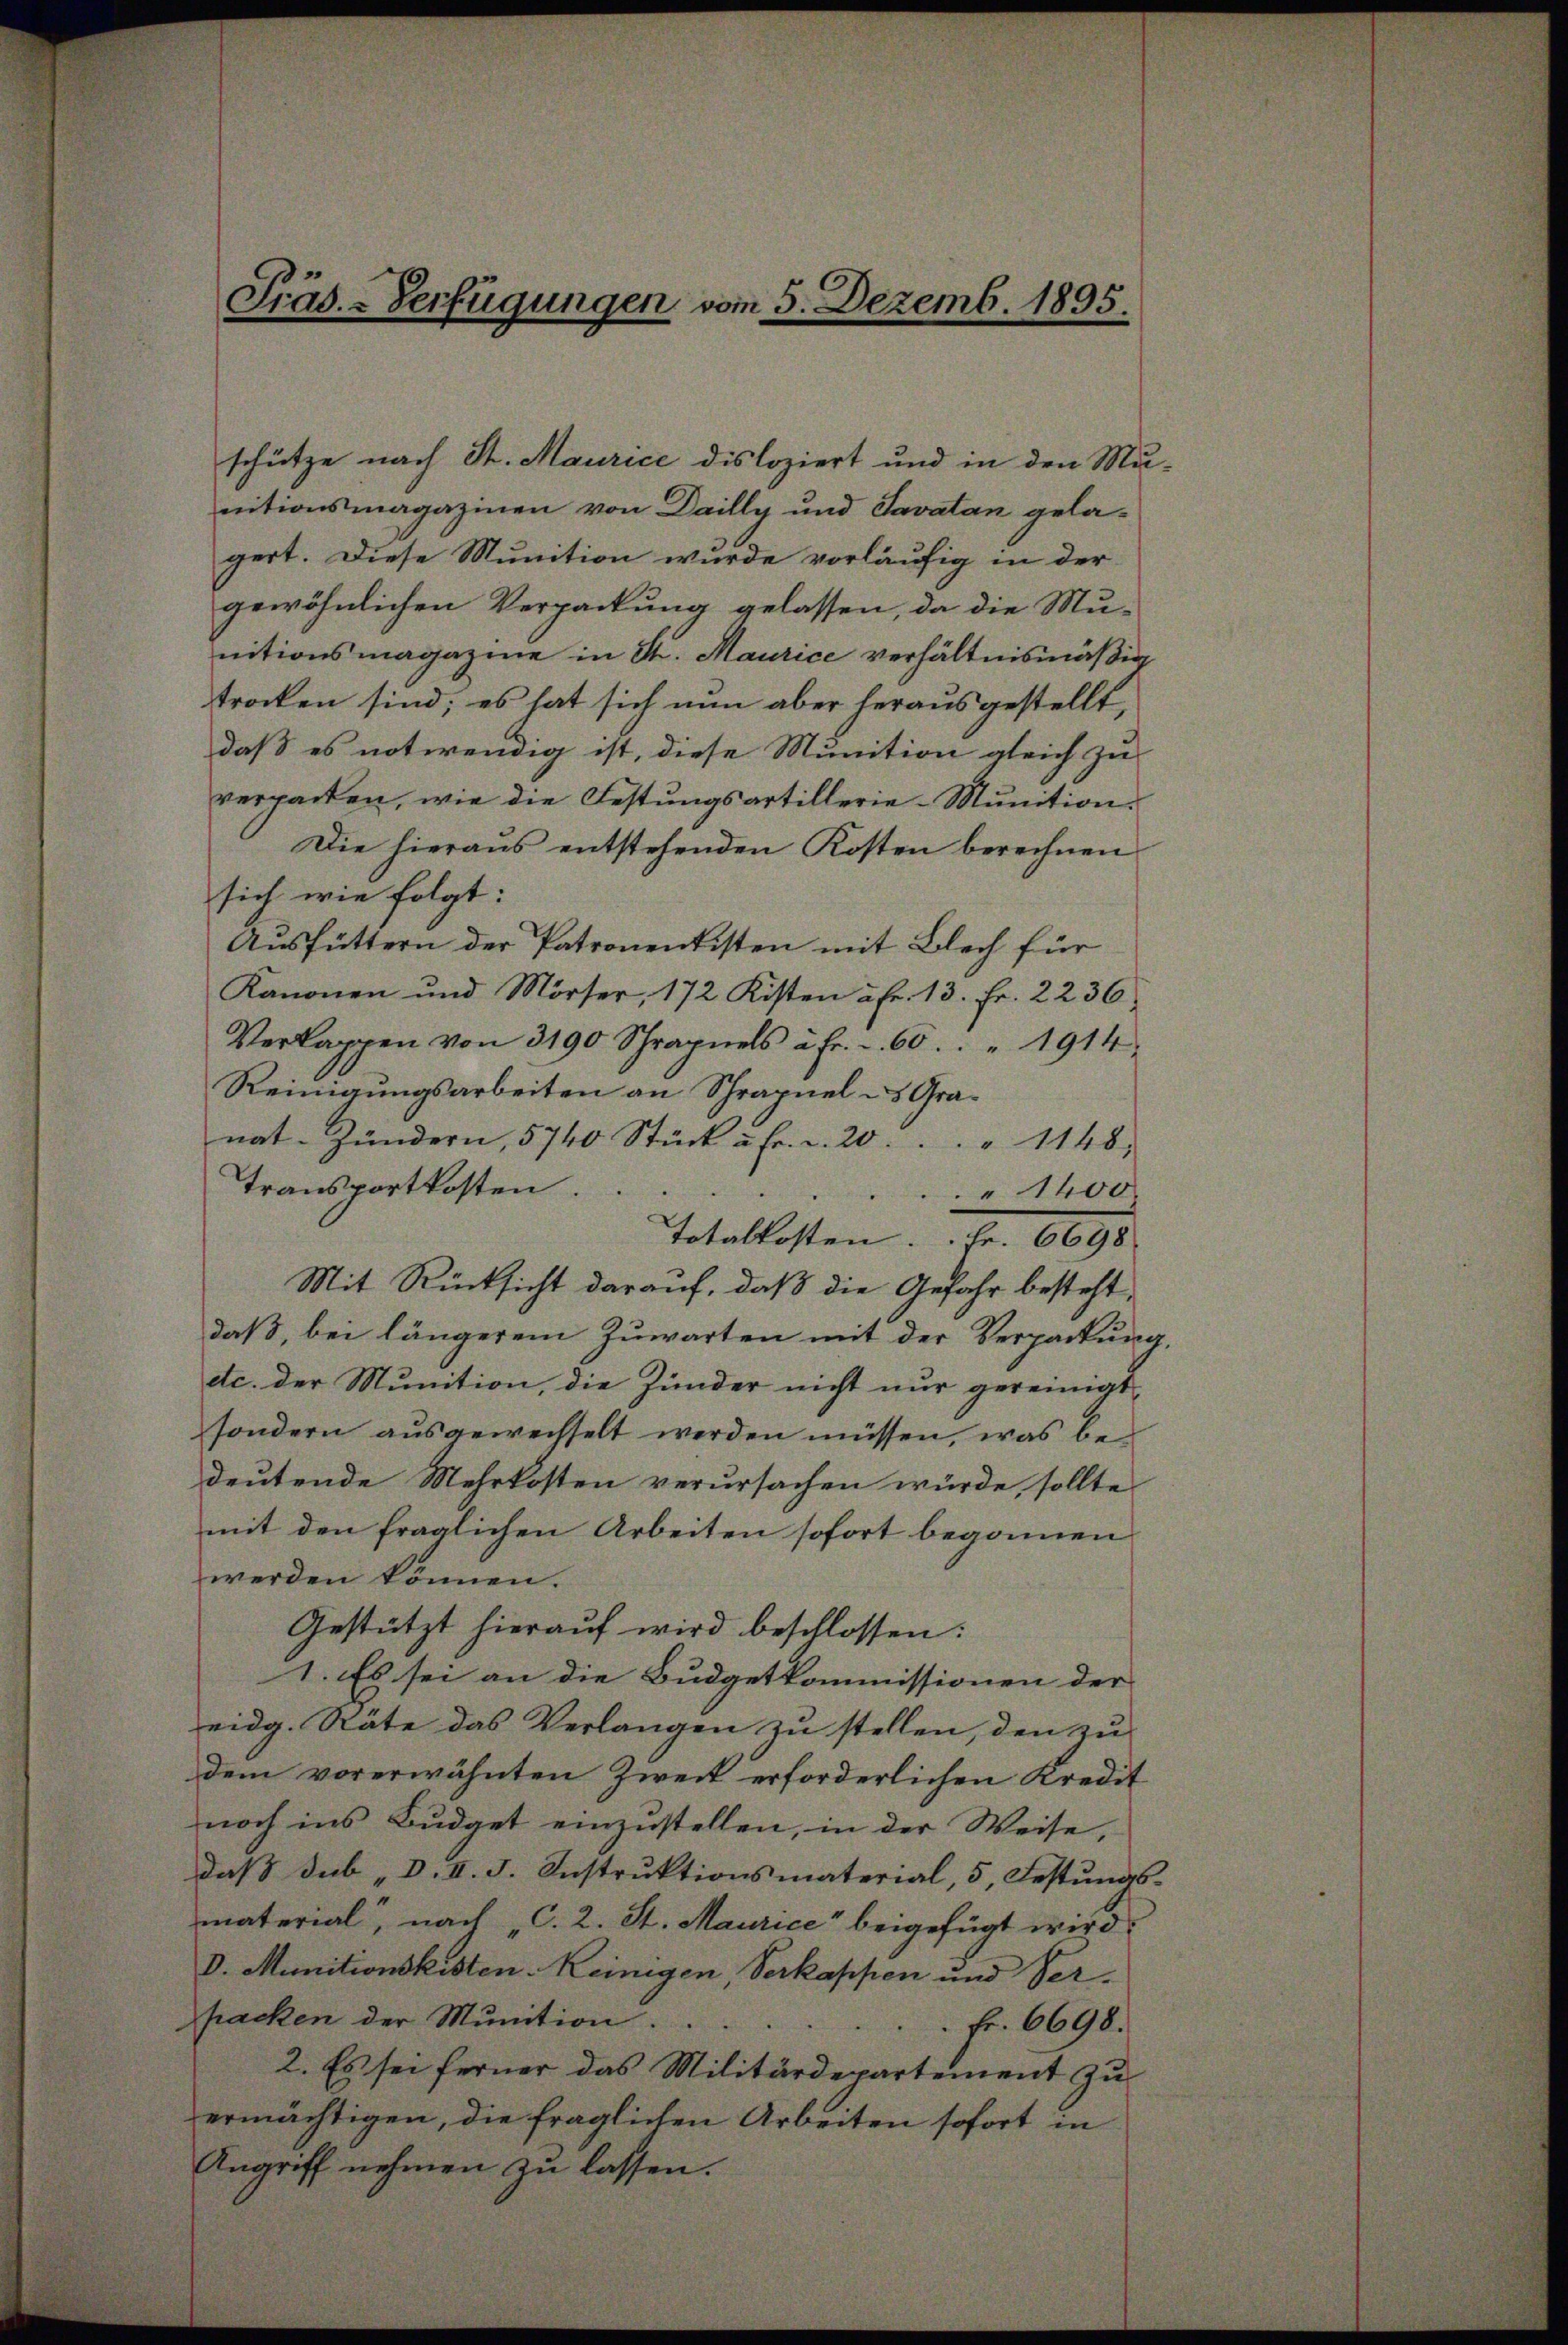
schütze nach St. Maurice disloziert und in den Mu-
nitionsmagazinen von Dailly und Savatan gela-
gert. Diese Munition wurde vorläufig in der
gewöhnlichen Verpackung gelassen, da die Munitionsmagazine in St. Maurice verhältnismäßig
trocken sind; es hat sich nun aber herausgestellt,
daß es notwendig ist, diese Munition gleich zu
verpacken, wie die Festungsartillerie-Munition.
Die hieraus entstehenden Kosten berechnen
sich wie folgt:
Ausfüttern der Patronentisten mit Blech für
Kanonen und Mörser, 172 Kisten à Fr. 13. Fr. 2236.
Verkappen von 3190 Schrapnels a fr. . 60. " 1914.
Reinigungsarbeiten an Schrapuel - Granat. Zündern, 5740 Stück u. fr. a. 20. . . " 1148.
transportkosten.
1400.
Totallasten. Fr. 6690
Mit Rücksicht darauf, daß die Gefahr besteht,
daß, bei längerem Zuwarten mit der Verpackung,
etc. der Munition, die Zunder nicht nur gereinigt,
sondern ausgewechselt werden müssen, was bedeutende Mehrkosten verursachen würde, sollte
mit den fraglichen Arbeiten sofort begonnen
werden können.
Gestützt hierauf wird beschlossen:
1. Es sei an die Budgetkommissionen der
eidg. Rate das Verlangen zu stellen, den zu
dem vorerwähnten Zweck erforderlichen Kredit
noch ins Budget einzustellen, in der Weise,
daß dab „D. II. F. Instruktionsmaterial, 5, Festungsmaterial, nach „C. 2. St. Maurice beigefügt wird.
D. Munitionskisten Keinigen, Verkappen und Verpacken der Munition.
Fr. 6698.
2. Es sei ferner das Militärdepartement zu
ermächtigen, die fraglichen Arbeiten sofort in
Angriff nehmen zu lassen.

Präs.-Verfügungen vom 5. Dezemb. 1895.